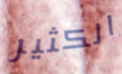
الكثير